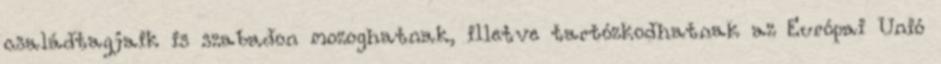
családtagjaik is szabadon mozoghatnak, illetve tartózkodhatnak az Európai Unió